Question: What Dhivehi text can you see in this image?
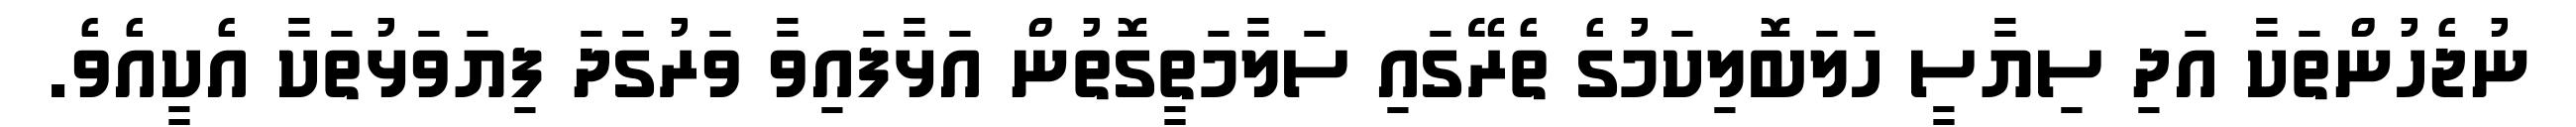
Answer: ނުޖެހުންތަކާ އަދި ސިޔާސީ ހަލަބޮލިކަމުގެ ތެރޭގައި ސަލާމަތީގޮތުން އަޅާފައިވާ ވަރުގަދަ ފިޔަވަޅުތަކާ އެކީއެވެ.